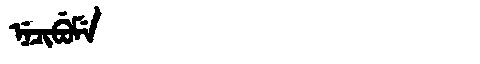
Manchu: ᠨᡝᠴᡳᠪᡠᠮᡝ
Romanization: NECIBUME